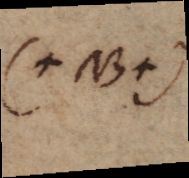
(+NB+)